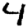
Digit: 4